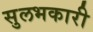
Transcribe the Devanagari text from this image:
सुलभकारी